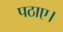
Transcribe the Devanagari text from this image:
पठाए।